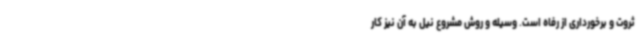
ثروت و برخورداری از رفاه است. وسیله و روش مشروع نیل به آن نیز کار